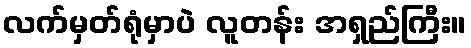
လက်မှတ်ရုံမှာပဲ လူတန်း အရှည်ကြီး။